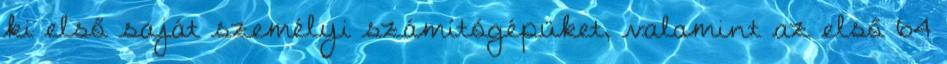
ki első saját személyi számítógépüket, valamint az első 64